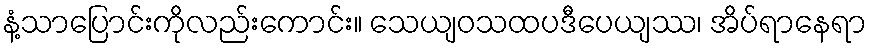
နံ့သာပြောင်းကိုလည်းကောင်း။ သေယျဝသထပဒီပေယျဿ၊ အိပ်ရာနေရာ